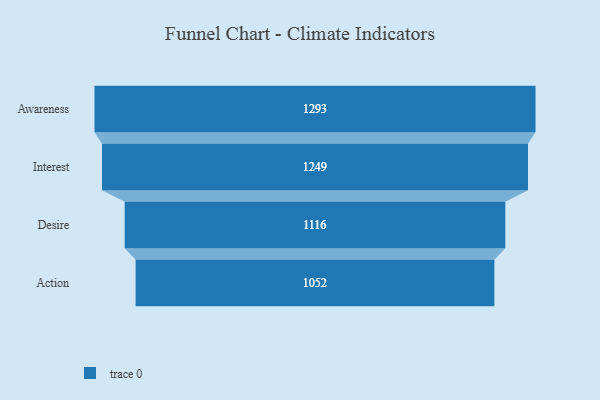
{"axis": {"x": "Stage", "y": "Value"}, "legend": [""], "data": [{"x": "Awareness", "y": 1293.0, "type": ""}, {"x": "Interest", "y": 1249.0, "type": ""}, {"x": "Desire", "y": 1116.0, "type": ""}, {"x": "Action", "y": 1052.0, "type": ""}]}